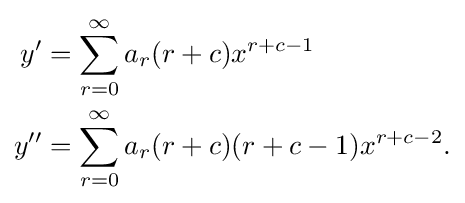
{\begin{aligned}y'&=\sum _{r=0}^{\infty }a_{r}(r+c)x^{r+c-1}\\y''&=\sum _{r=0}^{\infty }a_{r}(r+c)(r+c-1)x^{r+c-2}.\end{aligned}}